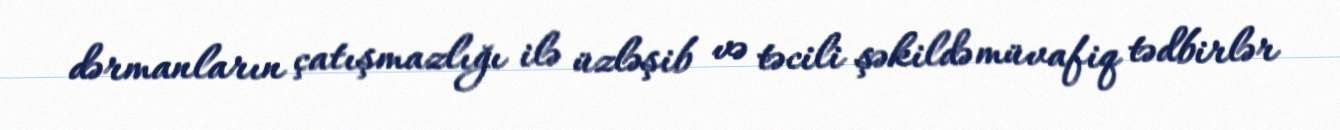
dərmanların çatışmazlığı ilə üzləşib və təcili şəkildə müvafiq tədbirlər